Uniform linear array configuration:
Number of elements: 12
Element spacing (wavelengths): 1
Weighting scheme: binomial
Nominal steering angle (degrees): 30
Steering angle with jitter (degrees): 30.772
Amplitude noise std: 0.05
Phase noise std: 0.05

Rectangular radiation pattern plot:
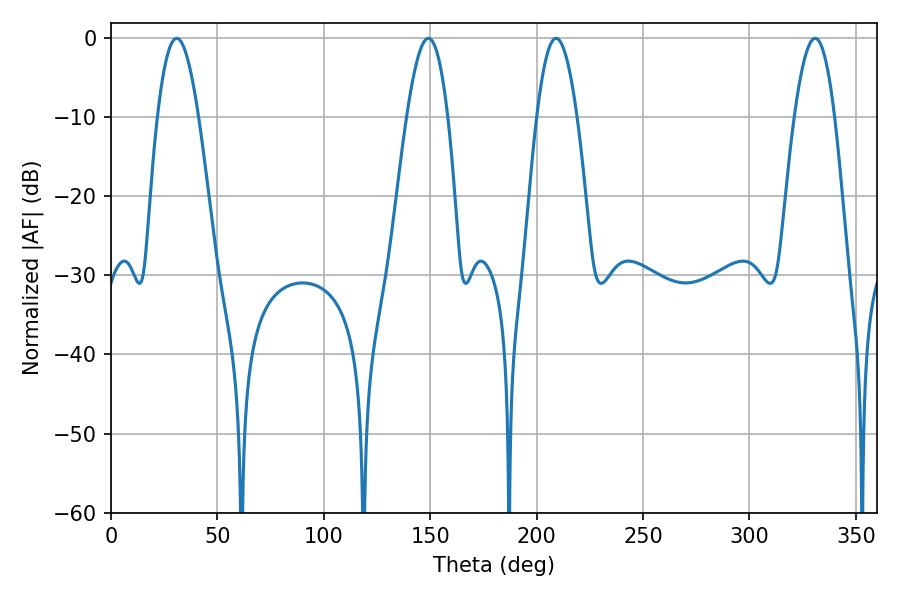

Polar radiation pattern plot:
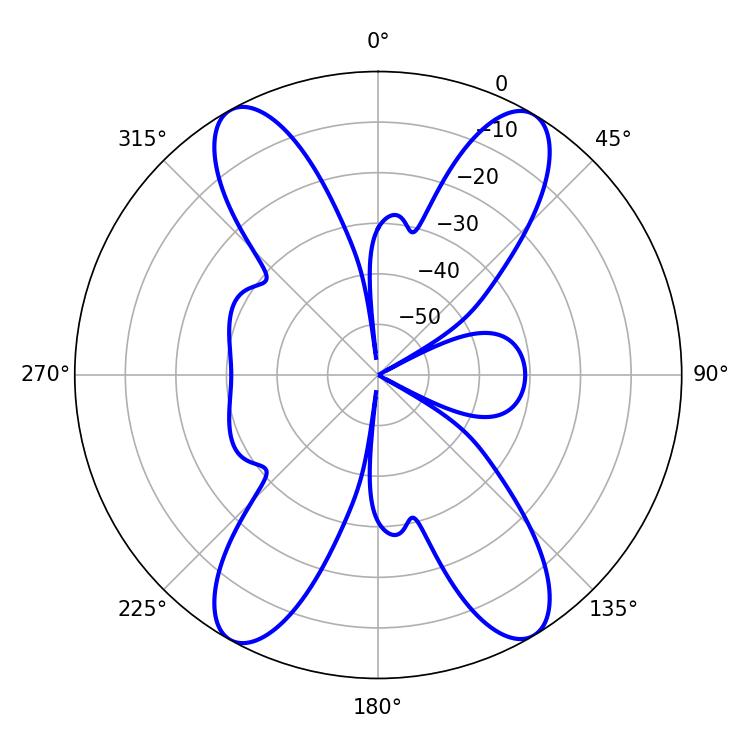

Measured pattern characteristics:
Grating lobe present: TRUE
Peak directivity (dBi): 21.546
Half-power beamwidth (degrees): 10.26
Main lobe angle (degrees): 209.16